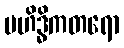
မဟိဒ္ဓိကတရော